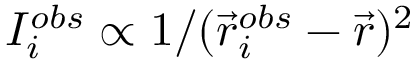
I _ { i } ^ { o b s } \propto 1 / ( \vec { r } _ { i } ^ { o b s } - \vec { r } ) ^ { 2 }